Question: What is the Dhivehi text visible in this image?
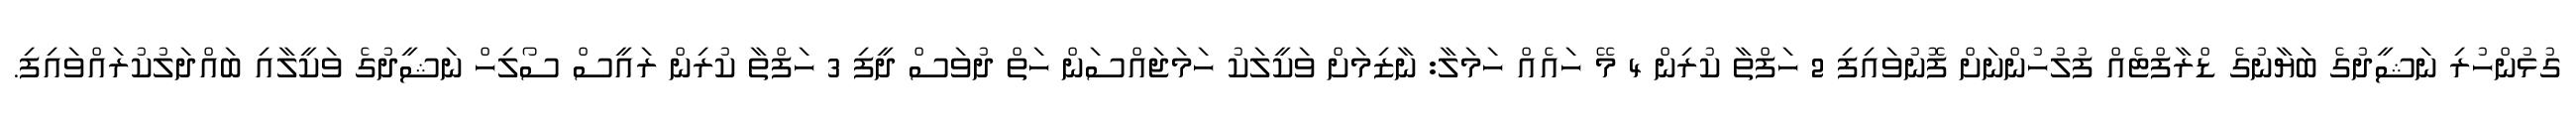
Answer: ގުޅުންހުރި ނަޝީދުގެ ބަޔާނުގެ ޑްރާފްޓެއް ފުލުހުންނަށް ފޮނުވައިފި 2 ހަފްތާ ކުރިން 4 މޭ ހައެއް ހަމަލާ: ނާޒިމަށް ވަކީލަކު ހަމަޖައްސަން ހަތް ދުވަސް ދީފި 3 ހަފްތާ ކުރިން ރައީސް ސޯލިހް ނަޝީދުގެ ވަކީލާއި ބައްދަލުކުރައްވައިފި.